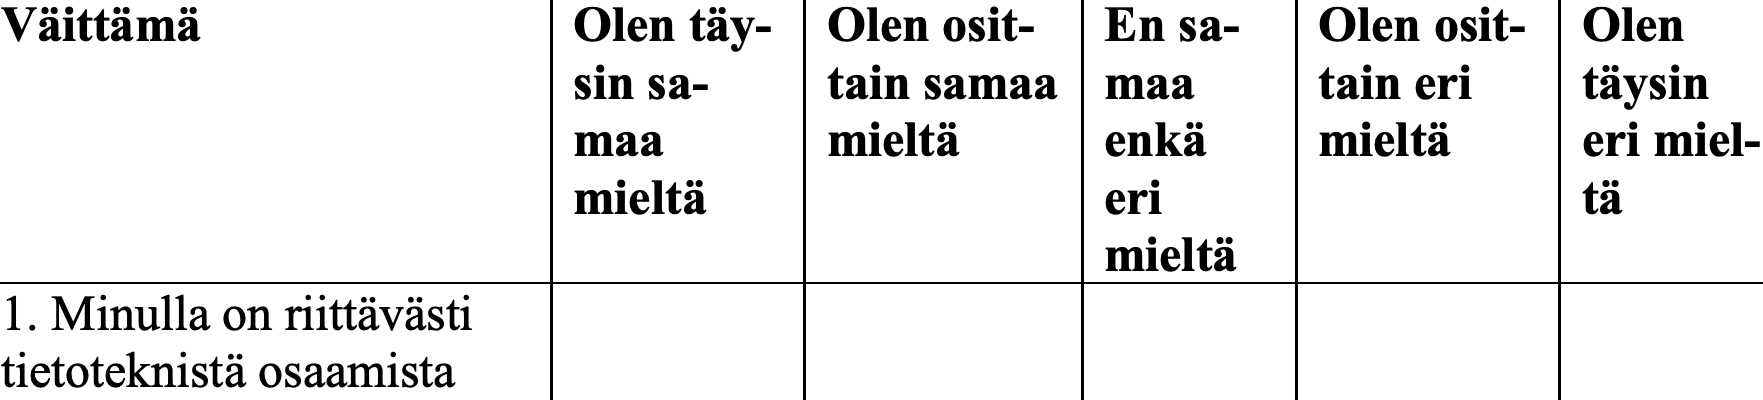
Väittämä           Olen täy- Olen osit- En sa- Olen osit- Olen sin sa- tain samaa maa  tain eri täysin maa     mieltä   enkä   mieltä   eri miel- mieltä           eri             tä mieltä 1. Minulla on riittävästi tietoteknistä osaamista